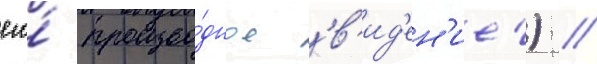
его́ произво́дное 'в'ид'ен'ие') //